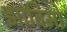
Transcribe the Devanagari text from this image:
झाविमो